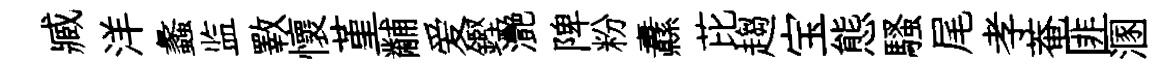
臧洋蠡监斁懷堇黼爱鏗灧陴粉纛芘趨宝態騷尾孝菴匪溷